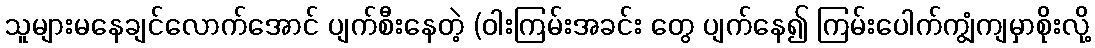
သူများမနေချင်လောက်အောင် ပျက်စီးနေတဲ့ (ဝါးကြမ်းအခင်း တွေ ပျက်နေ၍ ကြမ်းပေါက်ကျွံကျမှာစိုးလို့